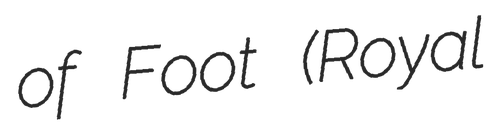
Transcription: of Foot (Royal